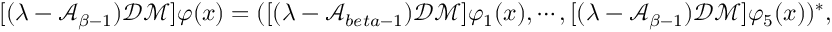
\begin{array} { r } { [ ( \lambda - \mathcal { A } _ { \beta - 1 } ) \mathcal { D } \mathcal { M } ] \varphi ( x ) = ( [ ( \lambda - \mathcal { A } _ { b e t a - 1 } ) \mathcal { D } \mathcal { M } ] \varphi _ { 1 } ( x ) , \cdots , [ ( \lambda - \mathcal { A } _ { \beta - 1 } ) \mathcal { D } \mathcal { M } ] \varphi _ { 5 } ( x ) ) ^ { * } , } \end{array}